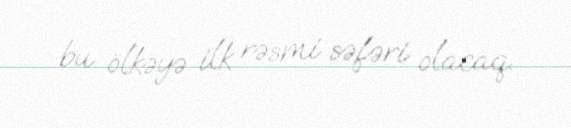
bu ölkəyə ilk rəsmi səfəri olacaq.